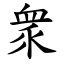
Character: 衆